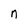
Character: n